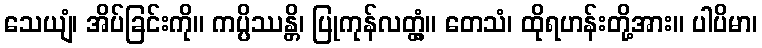
သေယျံ၊ အိပ်ခြင်းကို။ ကပ္ပိဿန္တိ၊ ပြုကုန်လတ္တံ့။ တေသံ၊ ထိုရဟန်းတို့အား။ ပါပိမာ၊